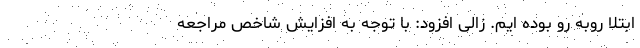
ابتلا روبه رو بوده ایم. زالی افزود: با توجه به افزایش شاخص مراجعه